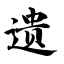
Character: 遗